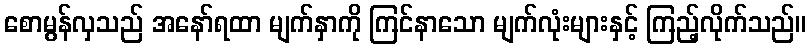
စောမွန်လှသည် အနော်ရထာ မျက်နှာကို ကြင်နာသော မျက်လုံးများနှင့် ကြည့်လိုက်သည်။